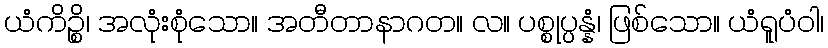
ယံကိဉ္စိ၊ အလုံးစုံသော။ အတီတာနာဂတ။ လ။ ပစ္စုပ္ပန္နံ၊ ဖြစ်သော။ ယံရူပံဝါ၊